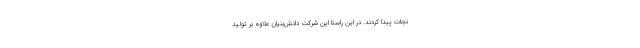
نجات پیدا کردند. در این راستا این شرکت دانش‌بنیان علاوه بر تولید